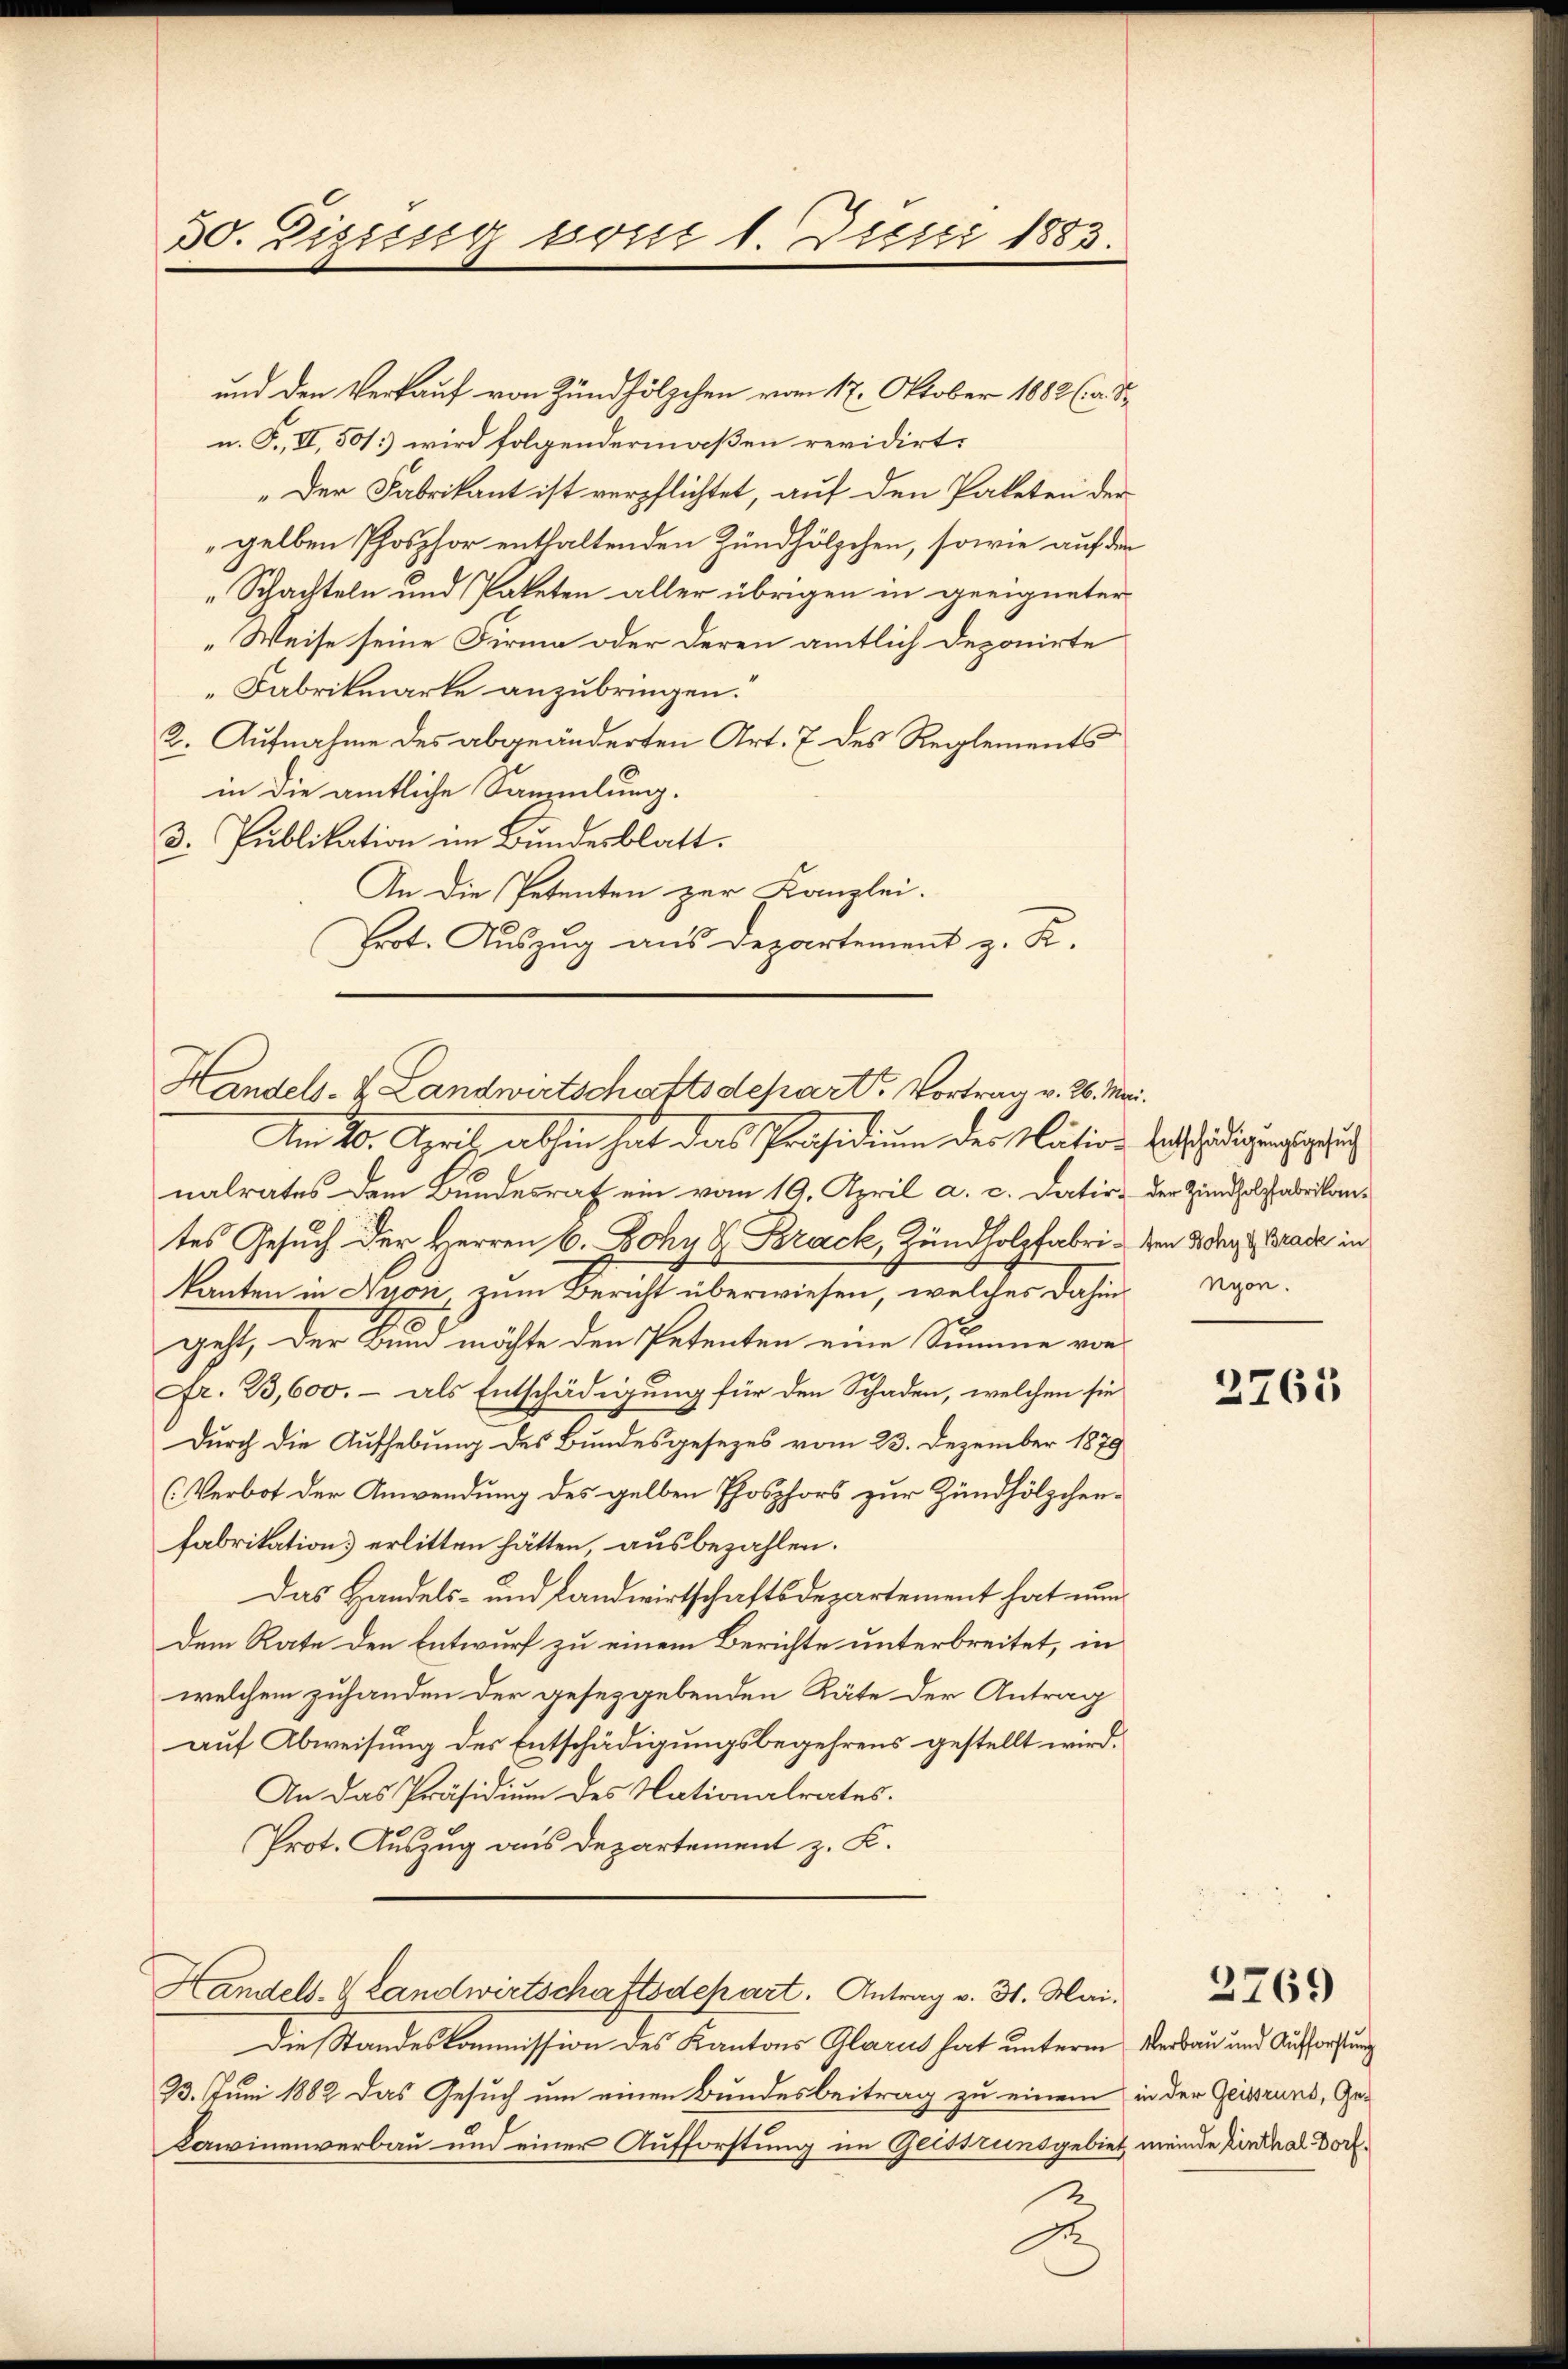
30. Dizissig seit 1. Dicii 1883.

und den Verkauf von Zündhölzchen vom 17. Oktober 1882 (a. S.
n. F., II, 50/3) wird folgendermaßen revidirt:
„Der Fabrikant ist verpflichtet, auf den Paketen der
gelben Phosphor enthaltenden Zündhölzchen, sowie auf den
„Schachteln und Paketen aller übrigen in geeigneter
„Weise seine Firma oder deren amtlich Deponirte
Fabrikmarke anzubringen.
2. Aufnahme des abgeänderten Art. 7 des Reglements
in die amtliche Sammlung.
3. Publikation im Bundesblatt.
An die Petenten zur Kanzlei.
Erot. Auszug aus Departement z. K.

Handels- & Landwirtschaftsdepart. Vortrag v. 26. Mai.
Am 10. April abhin hat das Präsidium der Nation beschädigung i

nalrates dem Bundesrat ein vom 19. April a. c. datir- der Zündholz abrikantes Gesuch der Herren 6. Johy H. Brack, Zündholzfabri - den 2 dkg Grade in
kanten in Nyon zum Bericht überwiesen, welches dahin vorgeht, der Bund möchte den Petenten eine Summe von
Fr. 23,600. - als Entschädigung für den Schaden, welchen sie
Durch die Aufhebung des Bundesgesezes vom 23. Dezember 1879
(Verbot der Anwendung des gelben Phosphors zur Zündhölzchenfabrikation erlitten hätten ausbezahlen.
Das Handels- und Landwirtschaftsdepartement hat nundem Rate den Entwurf zu einem Berichte unterbreitet, in
welchem zuhanden der gesetzgebenden Räte der Antrag
auf Abweisung des Entschädigungsbegehrens gestellt wird.
An das Präsidium des Nationalrates.
Prot. Auszug aus Departement z. K.
Handels- & Landwirtschaftsdepart. Antrag v. 31. Mai.
Die Standeskommission des Kantons Glarus hat unterm Oberbau und Aufforstung
23. Juni 1882 das Gesuch um einen Bundesbeitrag zu einem in der Geisrund, Ge¬
Kawinenverbau und einer Aufforstung im Geisrundgebiet meinde Einthal Dorf¬

A

2765